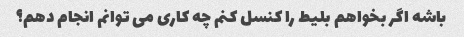
باشه اگر بخواهم بلیط را کنسل کنم چه کاری می توانم انجام دهم؟